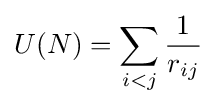
U(N)=\sum _{i<j}{\frac {1}{r_{ij}}}